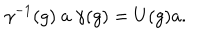
LaTeX: \gamma ^ { - 1 } ( g ) ~ a ~ \gamma ( g ) = U ( g ) a .